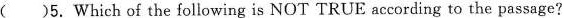
( )5. Which of the following is NOT TRUE according to the passage?